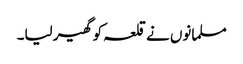
مسلمانوں نے قلعہ کو گھیر لیا۔